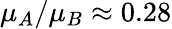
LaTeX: \mu_{A}/\mu_{B}\approx 0.28